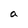
Character: a